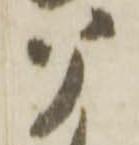
に